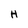
Character: H